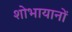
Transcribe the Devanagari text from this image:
शोभायानों